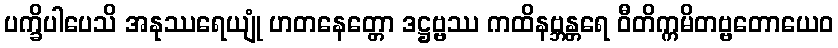
ပက္ခိပါပေသိ အနုဿရေယျုံ ဟတနေတ္တော ဒဋ္ဌဗ္ဗဿ ကထိနဗ္ဘန္တရေ ဝီတိက္ကမိတဗ္ဗတောယေဝ